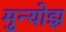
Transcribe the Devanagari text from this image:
मुन्योझ